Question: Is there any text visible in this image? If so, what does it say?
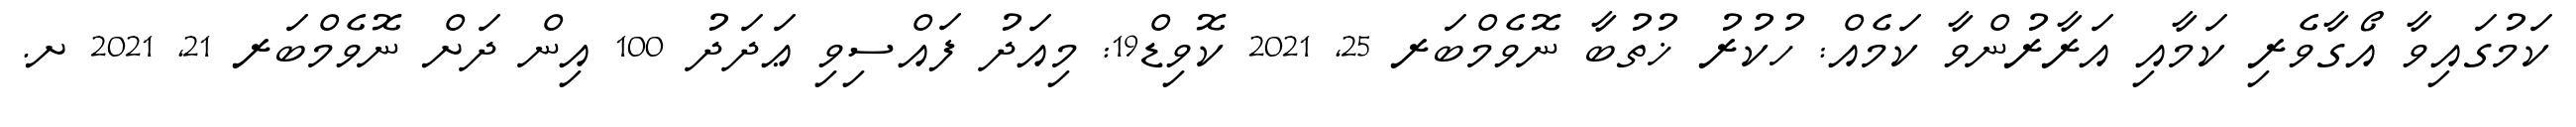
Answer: ކަމުގައިވާ އޯގާވެރި ކަމާއި އަރާރުންވާ ކަމެއް: ހުކުރު ޚުތުބާ ނޮވެމްބަރ 25, 2021 ކޮވިޑް19: މިއަދު ފައްސިވި ޢަދަދު 100 އިން ދަށް ނޮވެމްބަރ 21, 2021 ށ.